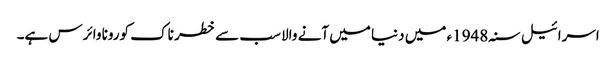
اسرائیل سنہ1948ء میں دنیا میں آنے والا سب سے خطر ناک کورونا وائرس ہے۔